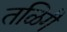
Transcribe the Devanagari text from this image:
तळिगै